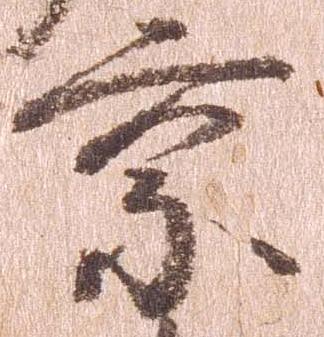
京